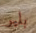
بلير